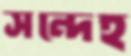
সন্দেহ